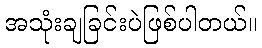
အသုံးချခြင်းပဲဖြစ်ပါတယ်။